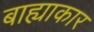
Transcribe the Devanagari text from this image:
बाह्याकार